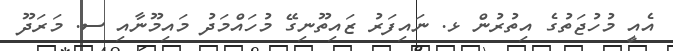
އެއީ މުހުޖަތުގެ އިތުރުން ޅ. ނައިފަރު ޒައިތޫނިގޭ މުހައްމަދު މައިމޫނާއި ސ. މަރަދޫ